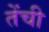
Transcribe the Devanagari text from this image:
तेंची